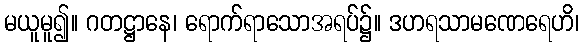
မယူမူ၍။ ဂတဋ္ဌာနေ၊ ရောက်ရာသောအရပ်၌။ ဒဟရသာမဏေရေဟိ၊